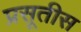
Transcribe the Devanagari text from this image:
प्रसूतीस